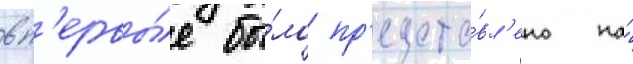
вп'ервы́е бы́ло пр'едста́вл'ено на́